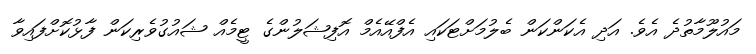
މައުލޫމާތުދެ އެވެ. އަދި އެކަންކަން ބެލުމަށްޓަކައި އެފްއޭއެމް އޮފިޝަލުންގެ ޓީމެއް ޝައުގުވެރިކަން ފާޅުކޮށްފައިވާ